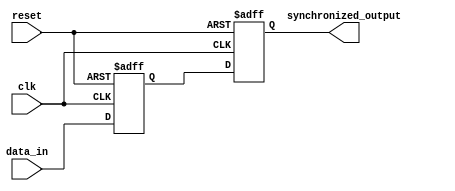
module two_flop_synchronizer (
    input wire clk,           // Clock signal
    input wire reset,         // Reset signal
    input wire data_in,       // Input signal to be synchronized
    
    output reg synchronized_output // Synchronized output signal
);

reg first_flop;              // First flip-flop
reg second_flop;             // Second flip-flop

always @(posedge clk or posedge reset) begin
    if (reset) begin
        first_flop <= 1'b0;
    end else begin
        first_flop <= data_in;
    end
end

always @(posedge clk or posedge reset) begin
    if (reset) begin
        second_flop <= 1'b0;
    end else begin
        second_flop <= first_flop;
    end
end

// Synchronized output is the output of the second flip-flop
always @* begin
    synchronized_output = second_flop;
end

endmodule